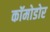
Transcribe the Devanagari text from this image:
कॉमोडोर